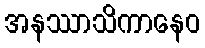
အနဿာသိကာနေဝ